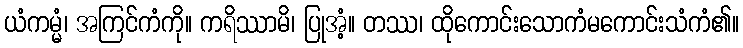
ယံကမ္မံ၊ အကြင်ကံကို။ ကရိဿာမိ၊ ပြုအံ့။ တဿ၊ ထိုကောင်းသောကံမကောင်းသံကံ၏။